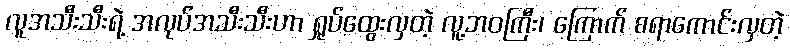
လူအသီးသီးရဲ့ အလုပ်အသီးသီးဟာ ရှုပ်ထွေးလှတဲ့ လူ့ဘဝကြီး၊ ကြောက် စရာကောင်းလှတဲ့